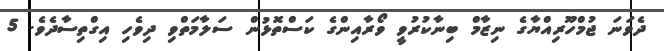
ދެވަނަ ޖުމްހޫރިއްޔާގެ ނިޒާމް ބިނާކުރުވީ ވޯރާއިންގެ ކަސްތޮޅުން ސަލާމަތްވި ދިވެހި އިގްތިސާދެވެ. 5